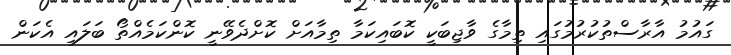
ގައުމު އާރާސްތުކުރުމުގައި ތިމާގެ ވާޖިބަކީ ކޮބައިކަމާ ތިމާއަށް ކޮށްދެވޭނީ ކޮންކަމެއްތޯ ބަލައި އެކަން